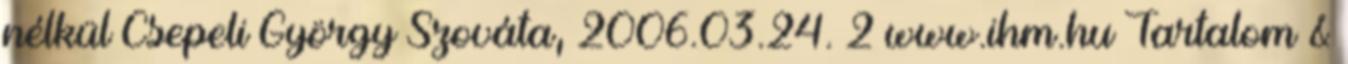
nélkül Csepeli György Szováta, 2006.03.24. 2 www.ihm.hu Tartalom &